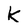
Character: k